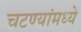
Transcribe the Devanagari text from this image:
चटण्यांमध्ये